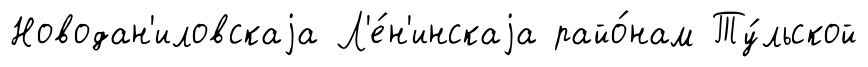
Новодан'иловскаjа Л'е́н'инскаjа райо́нам Ту́льской